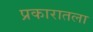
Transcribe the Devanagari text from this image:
प्रकारातला